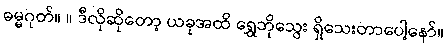
ဓမ္မဂုတ်။ ။ ဒီလိုဆိုတော့ ယခုအထိ ရွှေဘိုသွေး ရှိသေးတာပေါ့နော်။